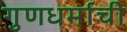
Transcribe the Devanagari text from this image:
गुणधर्माची